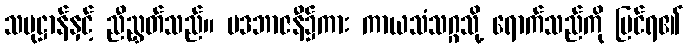
သမုဋ္ဌာန်နှင့် ညီညွှတ်သည်။ ပဒဘာဇနီ၌ကား ကာယသံသဂ္ဂသို့ ရောက်သည်ကို မြင်ရ၏